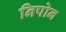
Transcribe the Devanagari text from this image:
निपोन